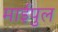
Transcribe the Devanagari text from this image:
माईपुल